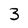
Character: 3